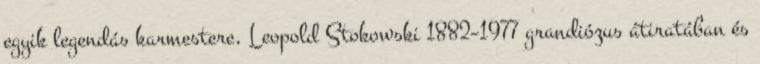
egyik legendás karmestere, Leopold Stokowski 1882–1977 grandiózus átiratában és